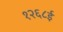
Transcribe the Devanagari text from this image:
१२६८ई